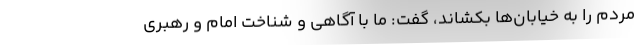
مردم را به خیابان‌ها بکشاند، گفت: ما با آگاهی و شناخت امام و رهبری